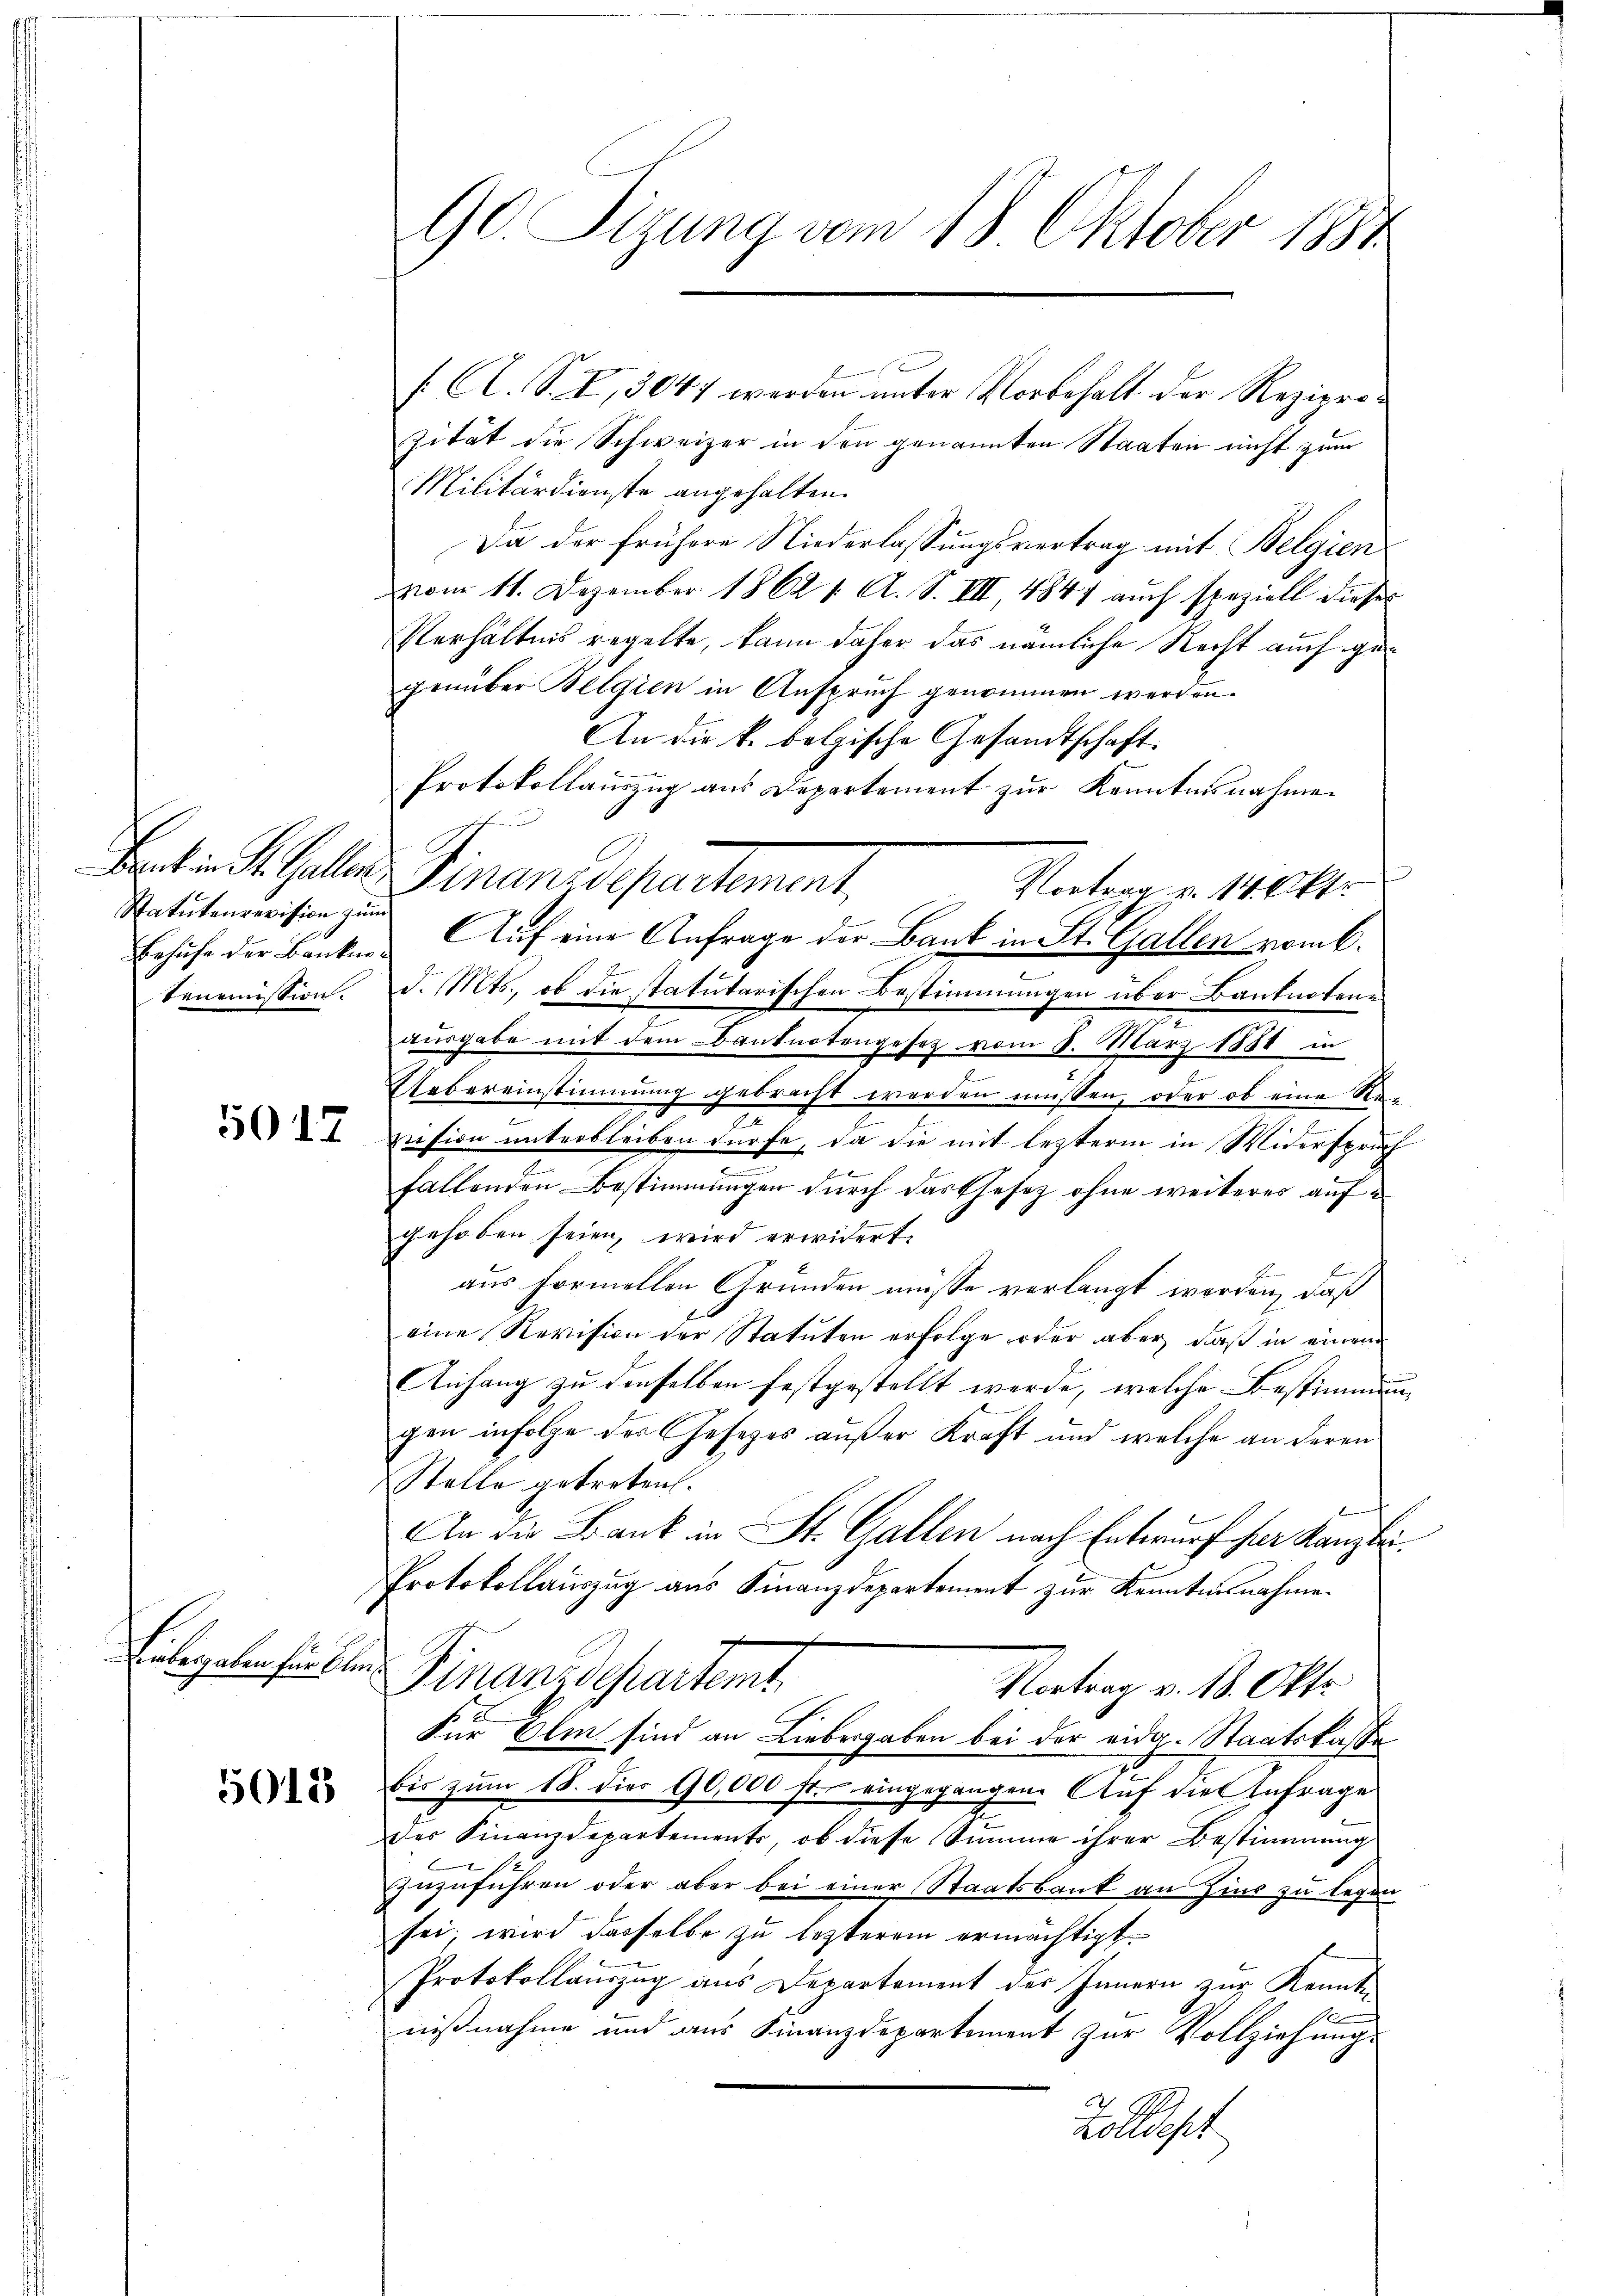
Statutenrevision zum
tenemission.

5017

Libergaben funkten

5018

/. A. S. I, 3047 werden unter Vorbehalt der Regierun
zität die Schweizer in den genannten Staaten nicht zum
Militärdienste angehalten.
Da der frühere Niederlassungsvertrag mit Belgien
vom 11. Dezember 1862 1. A. S. VII, 4847 auch speziell diese
Verhältnis regelte, kann daher das nämliche Recht auch gegenüber Belgien in Anspruch genommen werden.
An die k. bolgische Gesandtschaft.
Protokollauszug aus Departement zur Kenntnisnahme
Batin St. Galler Finansepartement,
Vortrag v. 14. Oktr
Behufe der Banken Auf eine Anfrage der Bank in St. Gallen vom 6.
d. Mts., ob die statutarischen Bestimmungen über Banknotene
ausgabe mit dem Banknotengesetz vom 8. März 1881 in
Uebereinstimmung gebracht werden müssen, oder ob eine Re¬
2
zusion unterbleiben dürfe, da die mit lezterm in Widerspruch
f
fallenden Bestimmungen durch das Ehesez ohne weiteres aufgehoben seien, wird erwidert.
aus formellen Gründen müsse verlangt worden, daß
eine Revision der Statuten erfolge oder aber, daß in einem
Anhang zu denselben festgestellt werde, welche Bestimmung
gen infolge des Gesezes außer Kraft und welche an deren
Stelle getreten.
An die Frank in St. Gallen nach Entwurf für Kanzle
Protokollauszug aus Finanzdepartement zur Kenntnisnahme
Finanzdepartemt
Vortrag v. B. Okto
Für Olm sind an Liebergaben bei der eidg. Staatskasse
bis zŭm 18. dies 90,000 fr. eingegangen. Aŭf die Anfrage
des Finanzdepartements, ob diese Summe ihrer Bestimmung
E
zuzuführen oder aber bei einer Staatsbank an Zins zu legen
sei; wird dasselbe zu lezterem ermächtigt.
Protokollauszug aus Departement der Innern zur Kenntn
R
nißnahme und aus Finanzdepartement zur Vollziehungs
Zolldept

90. Sizung vom 18. Oktober 1884